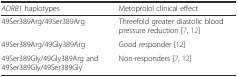
| ADRB1 haplotypes | Metoprolol clinical effect |
 | --- | --- |
 | 49Ser389Arg/49Ser389Arg | Threefold greater diastolic blood pressure reduction [7, 12] |
 | 49Ser389Arg/49Gly389Arg | Good responder [12] |
 | 49Ser389Gly/49Gly389Arg and 49Ser389Gly/49Ser389Gly | Non-responders [7, 12] |